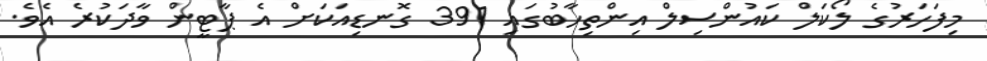
މިފަހަރުގެ ލޯކަލް ކައުންސިލް އިންތިހާބުގައި 391 ގޮނޑިއަކަށް އެ ޕާޓީން ވާދަކުރެ އެވެ.